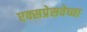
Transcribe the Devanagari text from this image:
एक्सप्रेसवेच्या